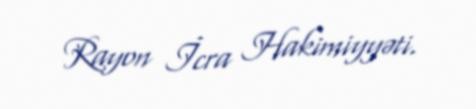
Rayon İcra Hakimiyyəti.